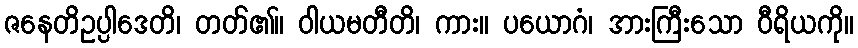
ဇနေတိဥပ္ပါဒေတိ၊ တတ်၏။ ဝါယမတီတိ၊ ကား။ ပယောဂံ၊ အားကြီးသော ဝီရိယကို။